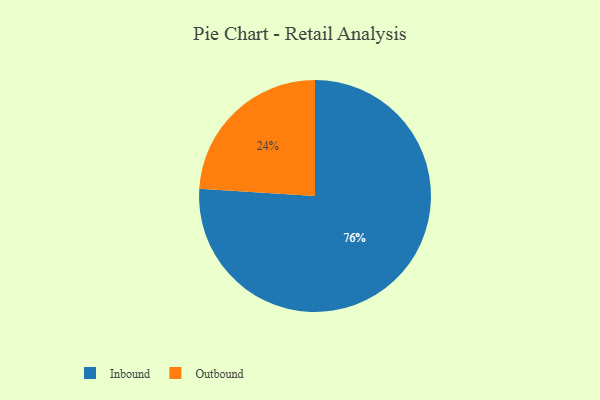
{"axis": {"x": "Category", "y": "Percentage"}, "legend": ["Inbound", "Outbound"], "data": [{"x": "Inbound", "y": 76, "type": "Inbound"}, {"x": "Outbound", "y": 24, "type": "Outbound"}]}